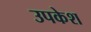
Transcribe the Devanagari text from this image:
उपकेश